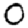
Digit: 0